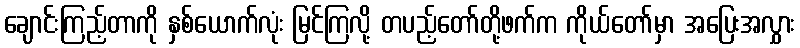
ချောင်းကြည့်တာကို နှစ်ယောက်လုံး မြင်ကြလို့ တပည့်တော်တို့ဖက်က ကိုယ်တော်မှာ အပြေးအလွှား